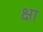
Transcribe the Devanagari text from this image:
क्षा